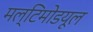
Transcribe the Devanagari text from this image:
मल्टिमोडयूल